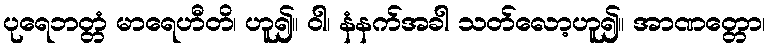
ပုရေဘတ္တံ မာရေဟီတိ၊ ဟူ၍။ ဝါ၊ နံနက်အခါ သတ်လော့ဟူ၍။ အာဏတ္တော၊